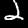
Label: 2